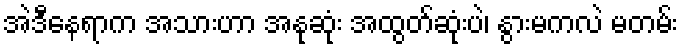
အဲဒီနေရာက အသားဟာ အနုဆုံး အထွတ်ဆုံးပဲ၊ နွားမကလဲ မတမ်း